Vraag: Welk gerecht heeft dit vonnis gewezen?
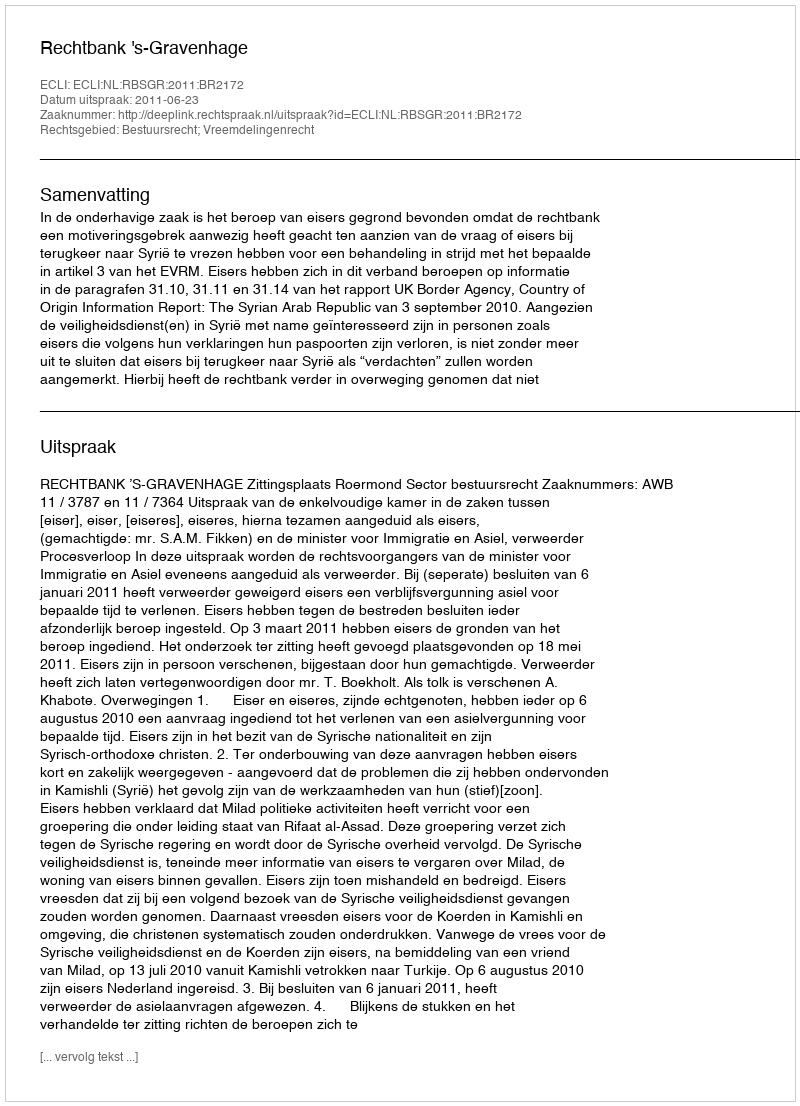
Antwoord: Rechtbank 's-Gravenhage